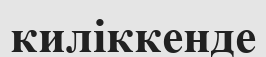
киліккенде